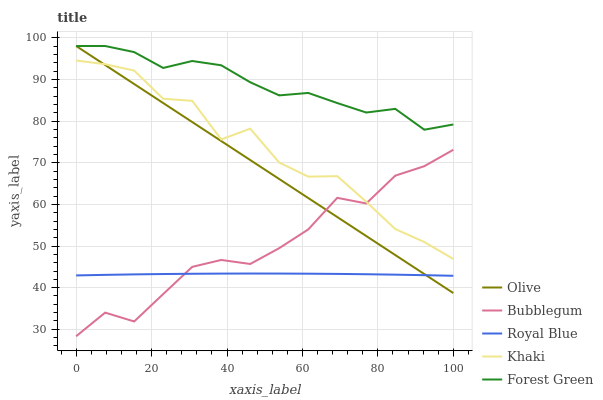
| xaxis_label | Olive | Bubblegum | Royal Blue | Khaki | Forest Green |
 | --- | --- | --- | --- | --- | --- |
 | 0 | 98 | 28.3 | 42.9 | 94.5 | 98 |
 | 7.69 | 93.4 | 34 | 43.1 | 93.6 | 98 |
 | 15.4 | 88.9 | 31.9 | 43.2 | 92.1 | 96.5 |
 | 23.1 | 84.3 | 38.5 | 43.3 | 85.3 | 92.7 |
 | 30.8 | 79.8 | 45 | 43.3 | 84.9 | 94.4 |
 | 38.5 | 75.2 | 46.6 | 43.4 | 75.6 | 93.4 |
 | 46.2 | 70.6 | 45.7 | 43.4 | 78.2 | 89.3 |
 | 53.8 | 66.1 | 49.5 | 43.4 | 70 | 86.2 |
 | 61.5 | 61.5 | 54 | 43.4 | 66.6 | 86.7 |
 | 69.2 | 56.9 | 61.6 | 43.3 | 66.8 | 84.3 |
 | 76.9 | 52.4 | 60.2 | 43.2 | 60.6 | 82 |
 | 84.6 | 47.8 | 66.9 | 43.1 | 54.1 | 82.9 |
 | 92.3 | 43.3 | 69.2 | 43 | 51 | 77.9 |
 | 100 | 38.7 | 73.1 | 42.9 | 46.9 | 79.2 |